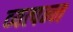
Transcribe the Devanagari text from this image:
व्‍यत्‍पन्‍न